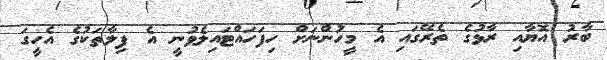
ބާރު އޮޔާއި ރާޅުގެ ތެރޭގައި އެ މީހުންނަށް ހިފަހައްޓައިލެވުނީ އެ ފިލާތަކުގެ އެހީގަ